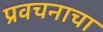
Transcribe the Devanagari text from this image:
प्रवचनाचा